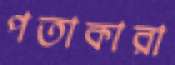
পতাকারা